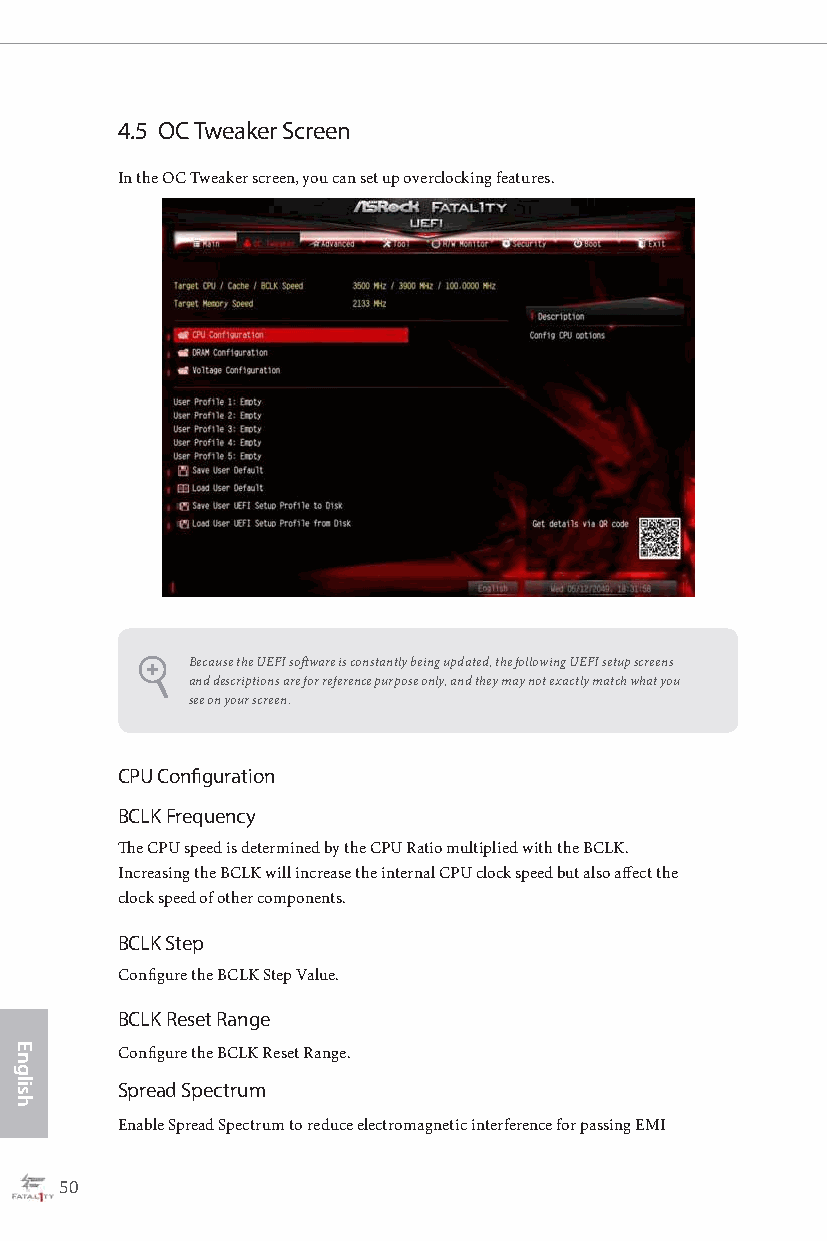
4.5 OC Tweaker Screen
 In the OC Tweaker screen, you can set up overclocking features.
 Because the UEFI software is constantly being updated, the following UEFI setup screens
 and descriptions are for reference purpose only, and they may not exactly match what you
 see on your screen.
 CPU Configuration
 BCLK Frequency
 The CPU speed is determined by the CPU Ratio multiplied with the BCLK.
 Increasing the BCLK will increase the internal CPU clock speed but also affect the
 clock speed of other components.
 BCLK Step
 Configure the BCLK Step Value.
 BCLK Reset Range
 Configure the BCLK Reset Range.
 Spread Spectrum
 Enable Spread Spectrum to reduce electromagnetic interference for passing EMI
 50                                                                                                  51
 English